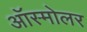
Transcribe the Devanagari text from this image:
ऑस्मोलर